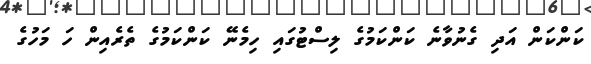
ކަންކަން އަދި ގެނުވާނެ ކަންކަމުގެ ލިސްޓުގައި ހިމެނޭ ކަންކަމުގެ ތެރެއިން ހަ މަހުގެ